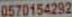
0570154292